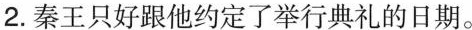
2. 秦王只好跟他约定了举行典礼的日期。